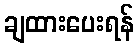
ချထားပေးရန်